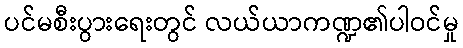
ပင်မစီးပွားရေးတွင် လယ်ယာကဏ္ဍ၏ပါဝင်မှု